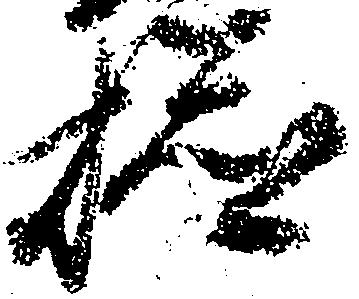
検